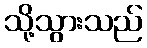
သို့သွားသည်